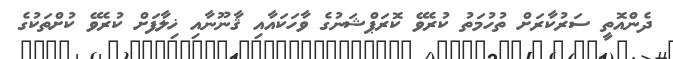
ދެންއޮތީ ސަރުކާރަށް ތުހުމަތު ކުރެވޭ ކޮރަޕްޝަނުގެ ވާހަކައާއި ޤާނޫނާއި ޚިލާފަށް ކުރެވޭ ކުށްތަކުގެ